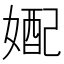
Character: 𫱓